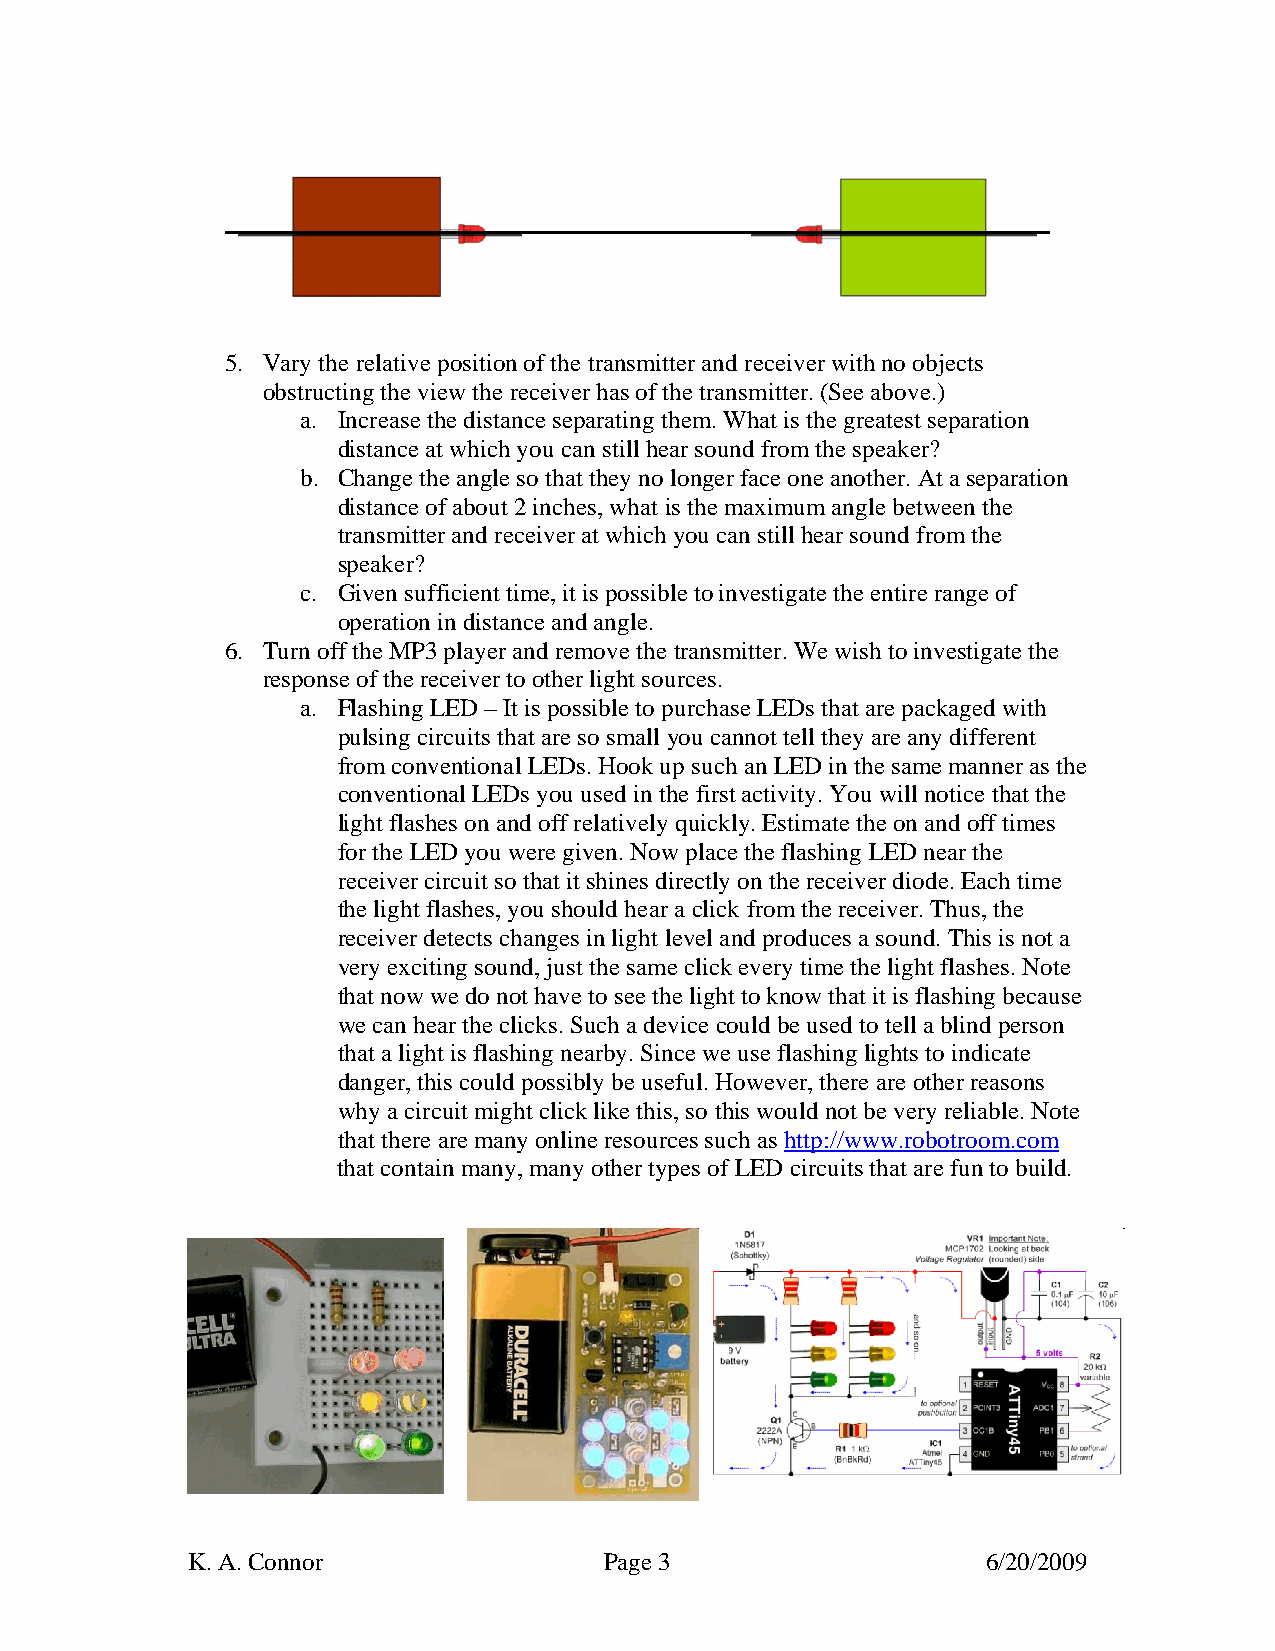
5. Vary the relative position of the transmitter and receiver with no objects
 obstructing the view the receiver has of the transmitter. (See above.)
 a. Increase the distance separating them. What is the greatest separation
 distance at which you can still hear sound from the speaker?
 b. Change the angle so that they no longer face one another. At a separation
 distance of about 2 inches, what is the maximum angle between the
 transmitter and receiver at which you can still hear sound from the
 speaker?
 c. Given sufficient time, it is possible to investigate the entire range of
 operation in distance and angle.
 6. Turn off the MP3 player and remove the transmitter. We wish to investigate the
 response of the receiver to other light sources.
 a. Flashing LED – It is possible to purchase LEDs that are packaged with
 pulsing circuits that are so small you cannot tell they are any different
 from conventional LEDs. Hook up such an LED in the same manner as the
 conventional LEDs you used in the first activity. You will notice that the
 light flashes on and off relatively quickly. Estimate the on and off times
 for the LED you were given. Now place the flashing LED near the
 receiver circuit so that it shines directly on the receiver diode. Each time
 the light flashes, you should hear a click from the receiver. Thus, the
 receiver detects changes in light level and produces a sound. This is not a
 very exciting sound, just the same click every time the light flashes. Note
 that now we do not have to see the light to know that it is flashing because
 we can hear the clicks. Such a device could be used to tell a blind person
 that a light is flashing nearby. Since we use flashing lights to indicate
 danger, this could possibly be useful. However, there are other reasons
 why a circuit might click like this, so this would not be very reliable. Note
 that there are many online resources such as http://www.robotroom.com
 that contain many, many other types of LED circuits that are fun to build.
 K. A. Connor                Page 3                   6/20/2009